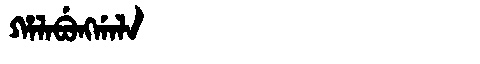
Manchu: ᡥᠠᠯᠠᠪᡠᠩᡤᠠᠯᠠ
Romanization: HALABUNGGALA